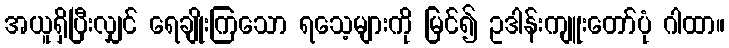
အယူရှိပြီးလျှင် ရေချိုးကြသော ရသေ့များကို မြင်၍ ဥဒါန်းကျူးတော်ပုံ ဂါထာ။